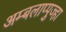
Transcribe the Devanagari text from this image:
अम्बलाप्पुज्हा